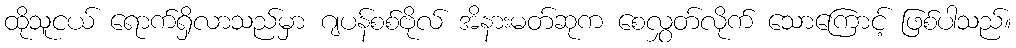
ထိုသူငယ် ရောက်ရှိလာသည်မှာ ဂျပန်စစ်ဗိုလ် အိနားမတ်ဆုက စေလွှတ်လိုက် သောကြောင့် ဖြစ်ပါသည်။